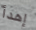
إهدأ